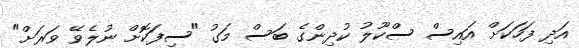
އަދި ފަހަކަށް އައިސް ސްކޫލު ކުދިންގެ ބަސް މަގު "ސިފަކޮށް ނުލެވޭ ވަރަށް"